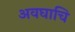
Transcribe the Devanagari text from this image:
अवघाचि